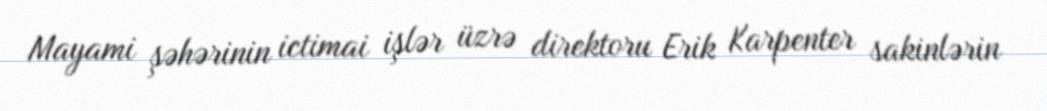
Mayami şəhərinin ictimai işlər üzrə direktoru Erik Karpenter sakinlərin